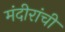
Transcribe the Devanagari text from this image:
मंदीरांची